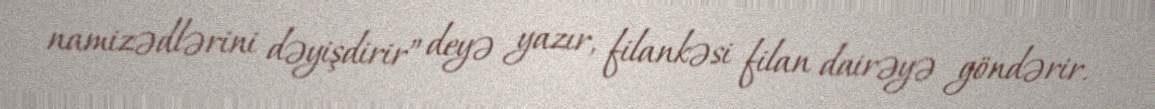
namizədlərini dəyişdirir” deyə yazır, filankəsi filan dairəyə göndərir.